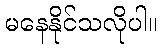
မနေနိုင်သလိုပါ။